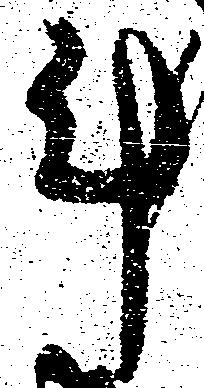
計